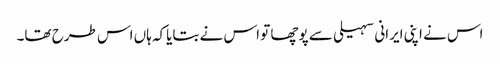
اس نے اپنی ایرانی سہیلی سے پوچھا تو اس نے بتایاکہ ہاں اس طرح تھا۔